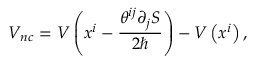
V _ { n c } = V \left( x ^ { i } - \frac { \theta ^ { i j } \partial _ { j } S } { 2 \hbar } \right) - V \left( x ^ { i } \right) ,